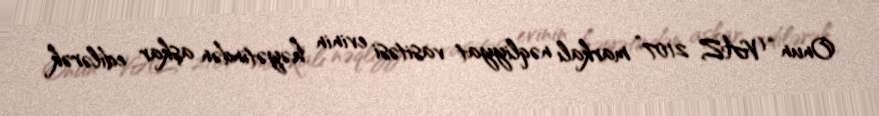
Onun “VAZ 2107” markalı nəqliyyat vasitəsi evinin həyətindən aşkar edilərək